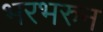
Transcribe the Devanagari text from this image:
भरभरुन